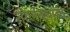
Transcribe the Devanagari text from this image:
नोलंबपाड़ी